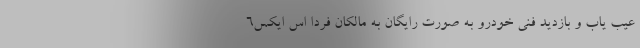
عیب یاب و بازدید فنی خودرو به صورت رایگان به مالکان فردا اس ایکس6